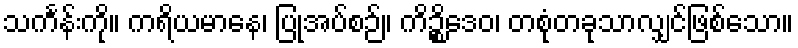
သင်္ကန်းကို။ ကရိယမာနေ၊ ပြုအပ်စဉ်။ ကိဉ္စိဒေဝ၊ တစုံတခုသာလျှင်ဖြစ်သော။